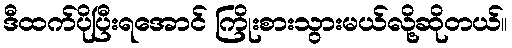
ဒီထက်ပိုပြီးရအောင် ကြိုးစားသွားမယ်လို့ဆိုတယ်။